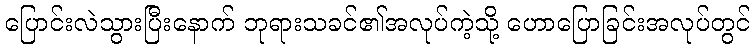
ပြောင်းလဲသွားပြီးနောက် ဘုရားသခင်၏အလုပ်ကဲ့သို့ ဟောပြောခြင်းအလုပ်တွင်